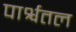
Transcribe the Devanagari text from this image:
पार्श्वतल